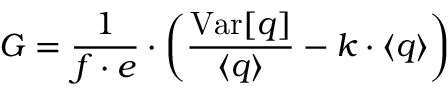
G = \frac { 1 } { f \cdot e } \cdot \left( \frac { \mathrm { V a r } [ q ] } { \langle q \rangle } - k \cdot \langle q \rangle \right)